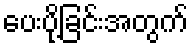
ပေးပို့ခြင်းအတွက်